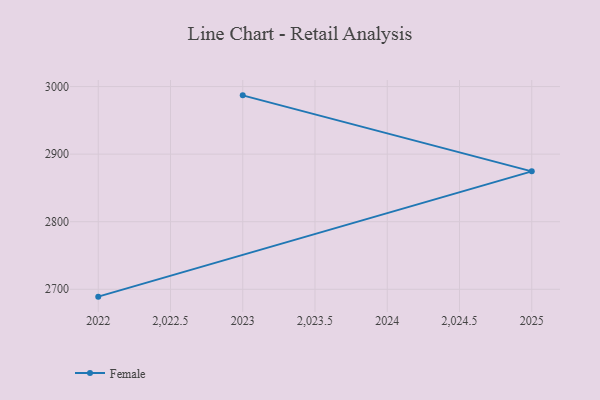
{"axis": {"x": "Year", "y": "Revenue (USD Million)"}, "legend": ["Female"], "data": [{"x": "2023", "y": 2987.0, "type": "Female"}, {"x": "2025", "y": 2874.5, "type": "Female"}, {"x": "2022", "y": 2689.1, "type": "Female"}]}